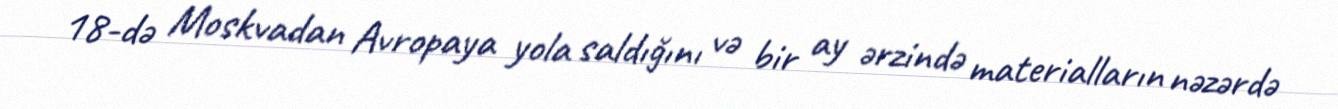
18-də Moskvadan Avropaya yola saldığını və bir ay ərzində materialların nəzərdə